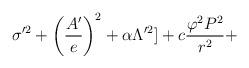
LaTeX: \begin{align*}\sigma'^2 + \left(\frac{A'}{e}\right)^2 + \alpha \Lambda'^2] + c\frac{\varphi^2 P^2}{r^2} +\end{align*}